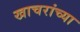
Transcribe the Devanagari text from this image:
खाचरांच्या